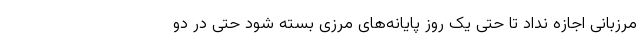
مرزبانی اجازه نداد تا حتی یک روز پایانه‌های مرزی بسته شود حتی در دو